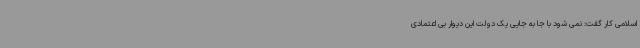
اسلامی کار گفت: نمی شود با جا به جایی یک دولت این دیوار بی اعتمادی